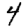
Digit: 4